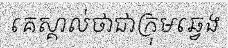
គេស្គាល់ថាជាក្រុមឆ្វេង